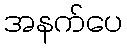
အနက်ပေ